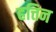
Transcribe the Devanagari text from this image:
हत्तिन